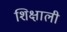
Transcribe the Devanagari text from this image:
शिक्षाली